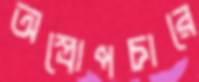
অস্ত্রোপচারে